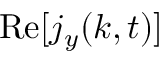
\operatorname { R e } [ j _ { y } ( k , t ) ]